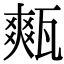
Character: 㼽